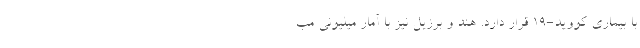
با بیماری کووید-۱۹ قرار دارد. هند و برزیل نیز با آمار میلیونیِ مب